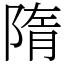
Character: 隋